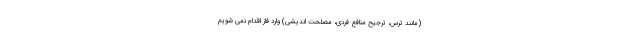
(مانند ترس، ترجیح منافع فردی، مصلحت اندیشی) وارد فاز اقدام نمی شویم